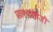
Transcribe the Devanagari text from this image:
प्रवाश्यांऐवजी